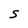
Character: S